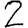
Digit: 2